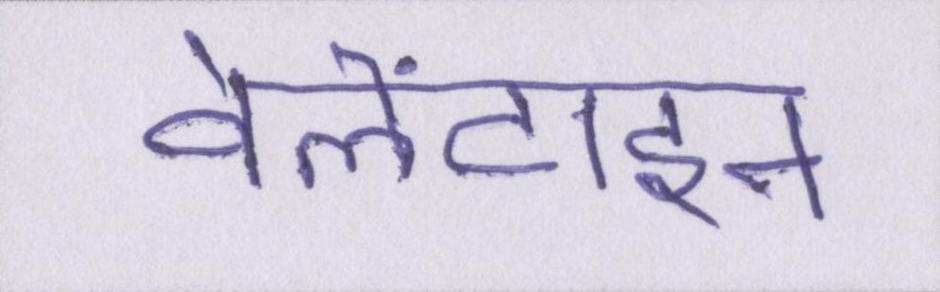
वेलेंटाइन